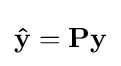
\mathbf {\hat {y}} =\mathbf {P} \mathbf {y}